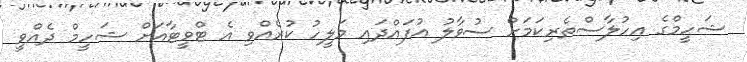
ޝަހީމްގެ އިހުލާސްތެރިކަމަށް ސުވާލު އުފައްދައި މަލީހު ކުރެއްވި އެ ޓްވީޓާއަށް ޝަހީމް ދެއްވީ